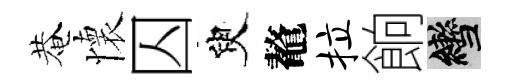
菴懷囚臾鼇拉餉轡